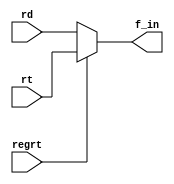
`timescale 1ns / 1ps
//////////////////////////////////////////////////////////////////////////////////
// Company: 
// Engineer: 
// 
// Design Name: 
// Module Name: reg_file_mux
// Project Name: 
// Target Devices: 
// Tool Versions: 
// Description: 
// 
// Dependencies: 
// 
// Revision:
// Revision 0.01 - File Created
// Additional Comments:
// 
//////////////////////////////////////////////////////////////////////////////////


module reg_file_mux(rd, rt, regrt, f_in);
    input [4:0] rd;
    input [4:0] rt;
    input regrt;
    output [4:0] f_in;
    
    assign f_in = (regrt == 1) ? rt: rd;
endmodule